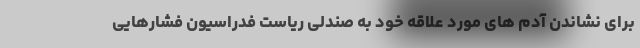
برای نشاندن آدم های مورد علاقه خود به صندلی ریاست فدراسیون فشارهایی